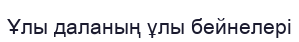
Ұлы даланың ұлы бейнелері